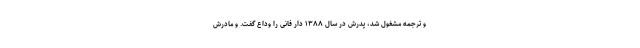
و ترجمه مشغول شد، پدرش در سال ۱۳۸۸ دار فانی را وداع گفت. و مادرش